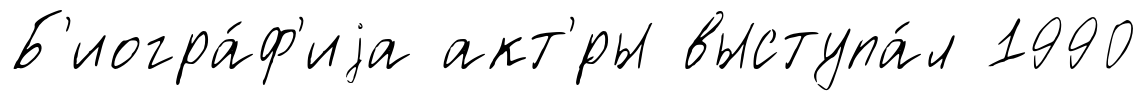
Б'иогра́ф'иjа акт'́ры выступа́л 1990